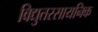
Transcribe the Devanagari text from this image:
विद्युतरसायनिक